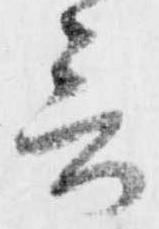
言